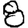
Digit: 8